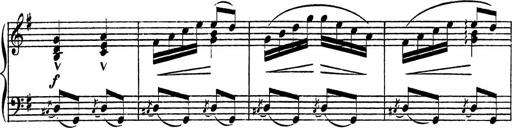
Title: Piano Sonatinas
Composer: Charles Fradel